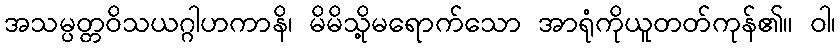
အသမ္ပတ္တဝိသယဂ္ဂါဟကာနိ၊ မိမိသို့မရောက်သော အာရုံကိုယူတတ်ကုန်၏။ ဝါ၊